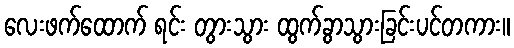
လေးဖက်ထောက် ရင်း တွားသွား ထွက်ခွာသွားခြင်းပင်တကား။